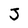
Character: J